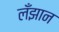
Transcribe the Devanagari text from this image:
लँझान